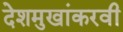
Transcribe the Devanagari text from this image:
देशमुखांकरवी